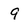
Character: 9